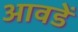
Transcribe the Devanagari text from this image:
आवडें